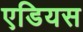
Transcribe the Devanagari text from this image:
एडियस